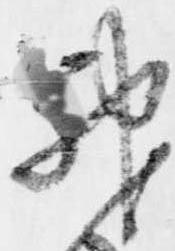
神